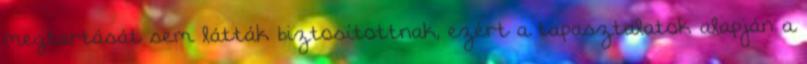
megtartását sem látták biztosítottnak, ezért a tapasztalatok alapján a